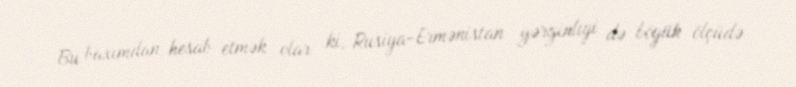
Bu baxımdan, hesab etmək olar ki, Rusiya-Ermənistan gərginliyi də böyük ölçüdə